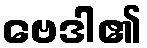
ဗေဒါ၏